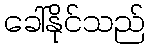
ခေါ်နိုင်သည်